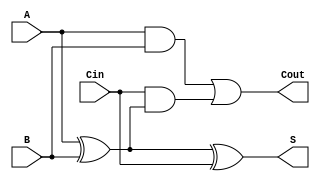
module FullAdder (
    input  wire A,     // First input bit
    input  wire B,     // Second input bit
    input  wire Cin,   // Carry-in bit
    output wire S,     // Sum output
    output wire Cout    // Carry-out output
);

    // Calculate the sum output using XOR
    assign S = A ^ B ^ Cin;

    // Calculate the carry-out output using the defined logic
    assign Cout = (A & B) | (Cin & (A ^ B));

endmodule